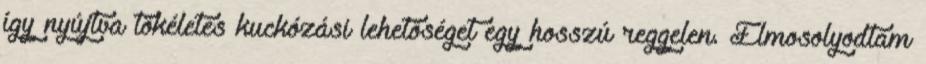
így nyújtva tökéletes kuckózási lehetőséget egy hosszú reggelen. Elmosolyodtam